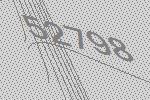
52798